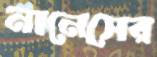
নানেসের